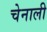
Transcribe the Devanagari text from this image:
चेनाली